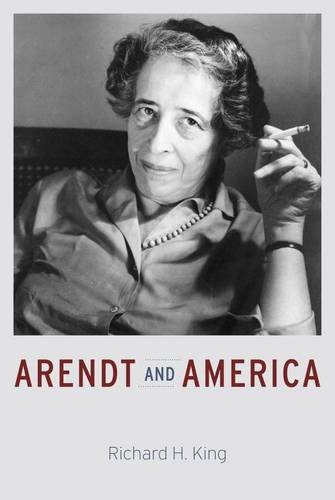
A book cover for Arendt and America; Richard H. King; Biographies & Memoirs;